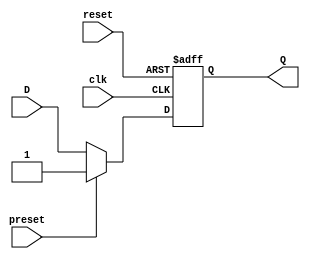
module d_ff_async_preset (
    input wire clk,
    input wire reset,
    input wire preset,
    input wire D,
    output reg Q
);

always @ (posedge clk or posedge reset)
begin
    if (reset)
        Q <= 1'b0;
    else if (preset)
        Q <= 1'b1;
    else
        Q <= D;
end

endmodule